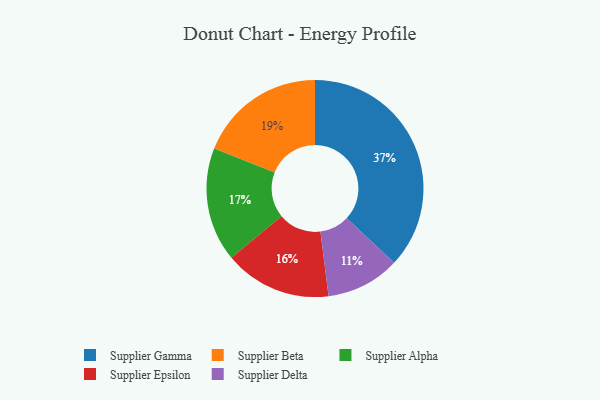
{"axis": {"x": "Category", "y": "Percentage"}, "legend": ["Supplier Alpha", "Supplier Beta", "Supplier Delta", "Supplier Epsilon", "Supplier Gamma"], "data": [{"x": "Supplier Alpha", "y": 17, "type": "Supplier Alpha"}, {"x": "Supplier Epsilon", "y": 16, "type": "Supplier Epsilon"}, {"x": "Supplier Delta", "y": 11, "type": "Supplier Delta"}, {"x": "Supplier Beta", "y": 19, "type": "Supplier Beta"}, {"x": "Supplier Gamma", "y": 37, "type": "Supplier Gamma"}]}